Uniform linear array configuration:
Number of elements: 4
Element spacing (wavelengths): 0.75
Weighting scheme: hamming
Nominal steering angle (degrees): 0
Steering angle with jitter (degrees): -1.163
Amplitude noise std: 0.05
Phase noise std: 0.05

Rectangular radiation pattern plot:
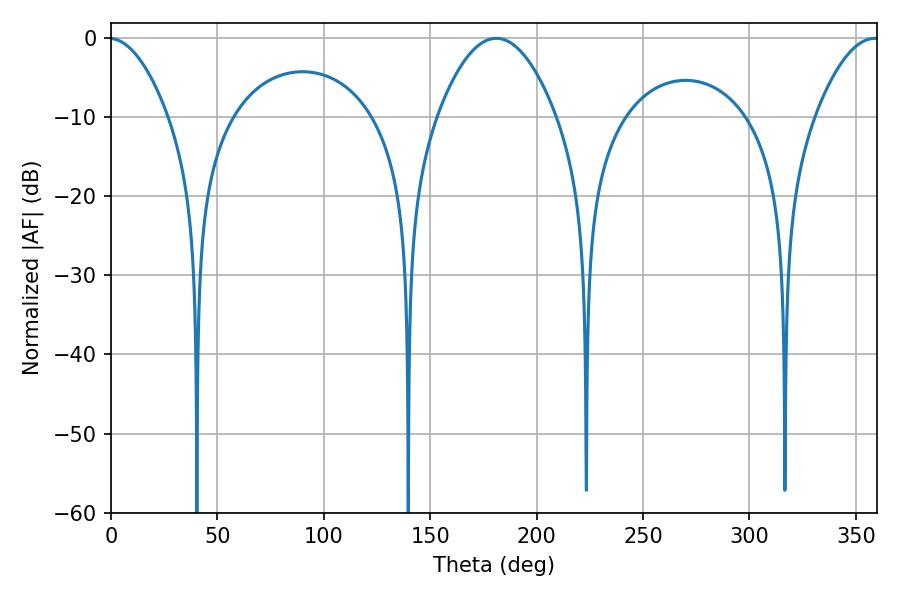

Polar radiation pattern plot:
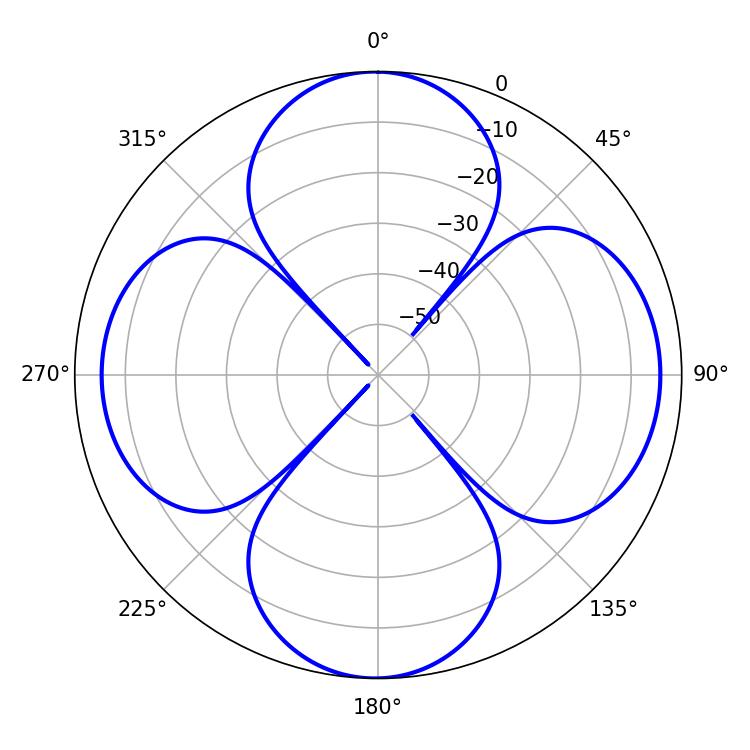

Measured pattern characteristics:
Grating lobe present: TRUE
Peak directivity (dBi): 15.235
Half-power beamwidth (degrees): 30.78
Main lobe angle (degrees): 181.08